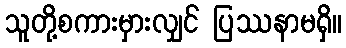
သူတို့စကားမှားလျှင် ပြဿနာမရှိ။